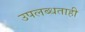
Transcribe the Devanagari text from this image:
उपलब्धताही